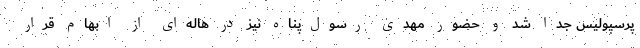
پرسپولیس جدا شد و حضور مهدی رسول‌پناه نیز در هاله‌ای از ابهام قرار